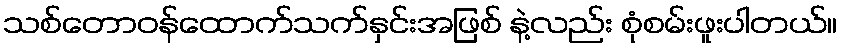
သစ်တောဝန်ထောက်သက်နှင်းအဖြစ် နဲ့လည်း စုံစမ်းဖူးပါတယ်။